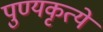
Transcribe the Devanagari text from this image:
पुण्यकृत्ये